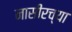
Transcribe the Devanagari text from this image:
नासीरच्या